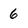
Character: 6